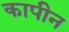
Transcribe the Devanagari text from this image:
कापीन